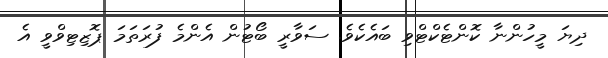
ދިޔަ މީހުންނާ ކޮންޓެކްޓްވި ބައެކެވެ. ސަވާރީ ބޯޓުން އެންމެ ފުރަތަމަ ޕޮޒިޓިވްވީ އެ